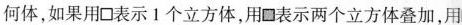
何体，如果用\Box表示1个立方体，用\Box表示两个立方体叠加，用